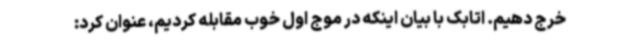
خرج دهیم. اتابک با بیان اینکه در موج اول خوب مقابله کردیم، عنوان کرد: